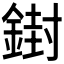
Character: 𨩥